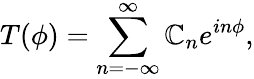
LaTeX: T(\phi)=\sum_{n=-\infty}^{\infty}\mathbb{C}_{n}e^{in\phi},